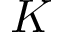
K